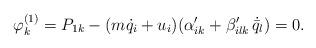
LaTeX: \begin{align*} \varphi^{(1)}_k = P_{1 k} - (m \dot{q}_i+u_i) (\alpha'_{ik} + \beta'_{ilk} \, \dot{\bar{q}}_l) = 0 .\end{align*}